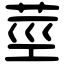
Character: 莖